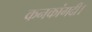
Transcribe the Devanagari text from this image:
कनकांगदी।